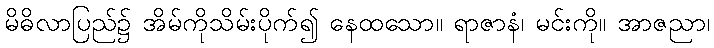
မိဓိလာပြည်၌ အိမ်ကိုသိမ်းပိုက်၍ နေထသော။ ရာဇာနံ၊ မင်းကို။ အာဇညာ၊